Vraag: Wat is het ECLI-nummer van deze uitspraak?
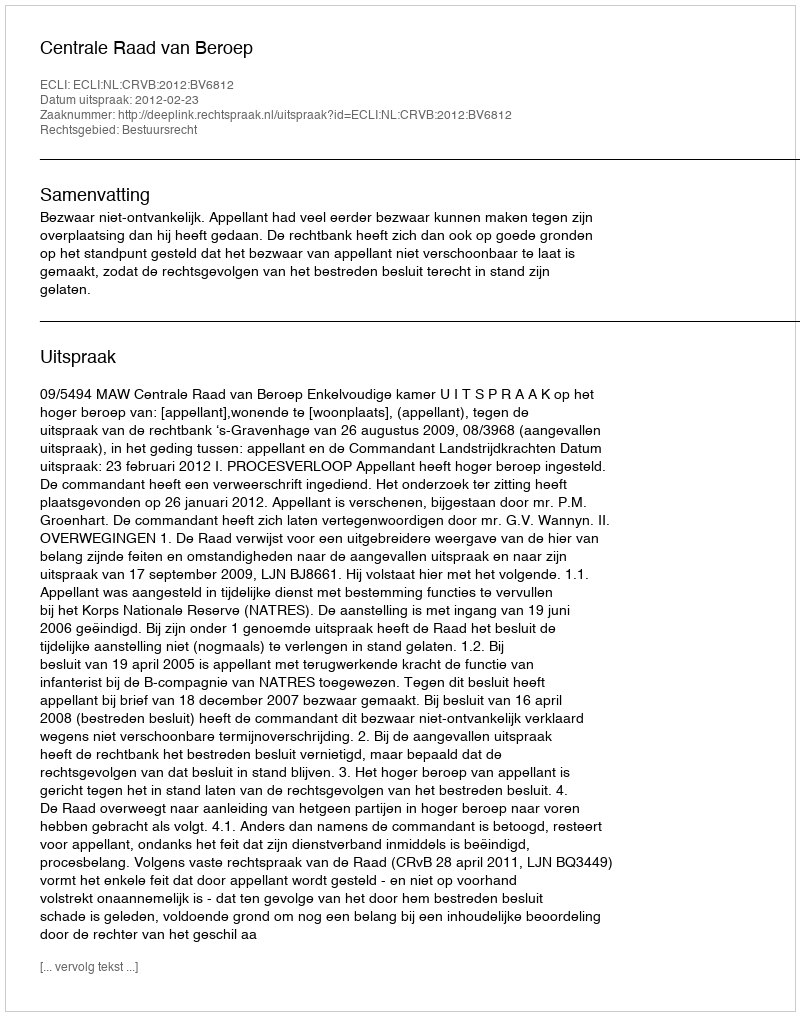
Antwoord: ECLI:NL:CRVB:2012:BV6812